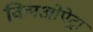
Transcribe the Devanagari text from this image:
क्लिओपेट्रा